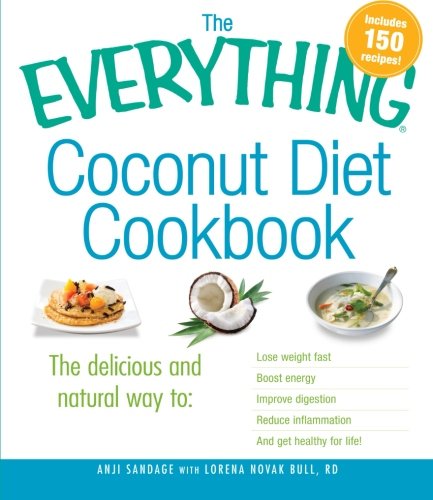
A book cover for The Everything Coconut Diet Cookbook: The delicious and natural way to, lose weight fast, boost energy, improve digestion, reduce inflammation and get healthy for life (Everything Series); Anji Sandage; Cookbooks, Food & Wine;